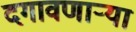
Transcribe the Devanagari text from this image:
दगावणाऱ्या